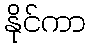
နိုင်ကာ